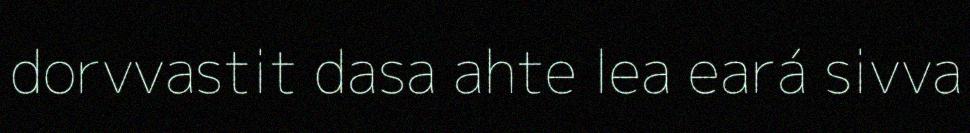
dorvvastit dasa ahte lea eará sivva